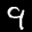
Label: 9